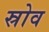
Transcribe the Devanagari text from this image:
स्रोव